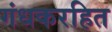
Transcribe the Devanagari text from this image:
गंधकरहित